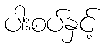
ပါးစပ်နှင့်